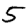
Digit: 5